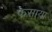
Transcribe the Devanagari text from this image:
फसाया